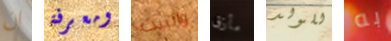
ان ومعرفة والبيت مأزق للولد به